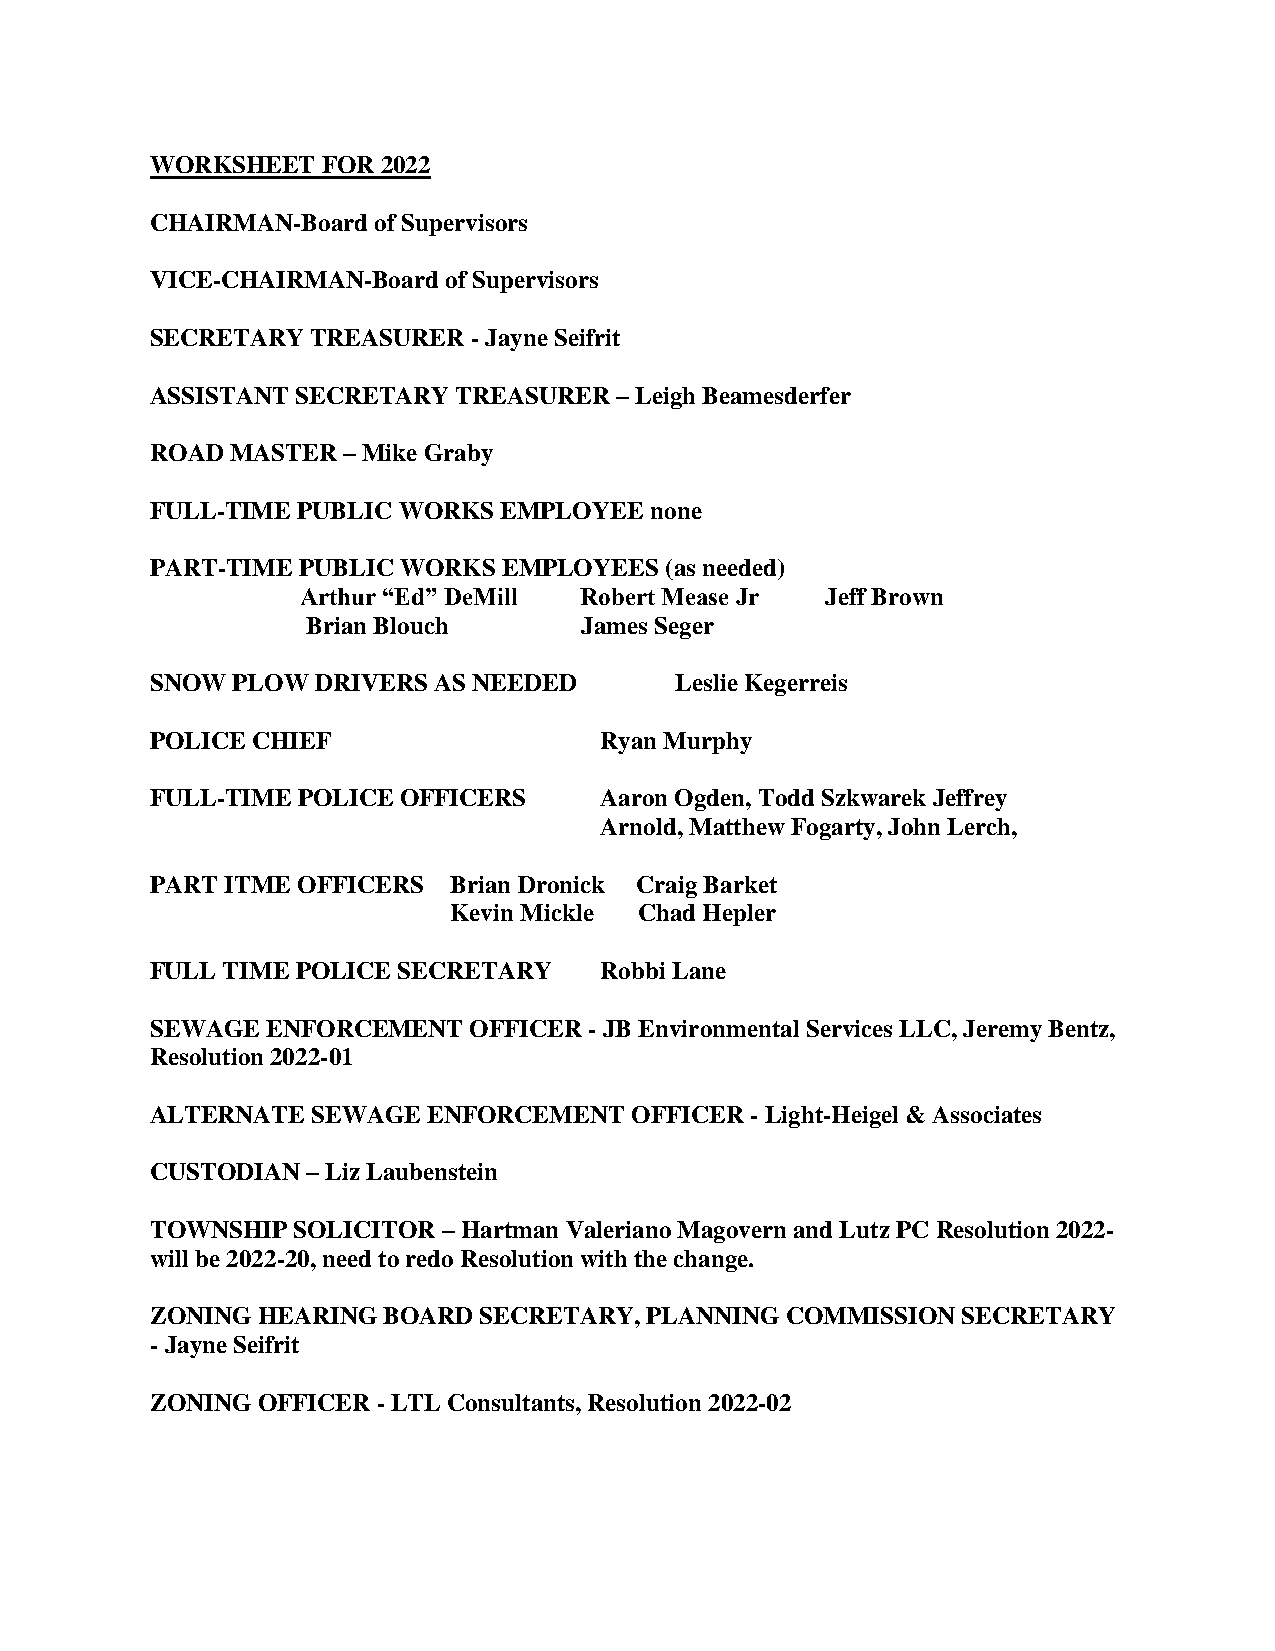
WORKSHEET  FOR 2022
 CHAIRMAN-Board of Supervisors
 VICE-CHAIRMAN-Board of Supervisors
 SECRETARY  TREASURER - Jayne Seifrit
 ASSISTANT SECRETARY TREASURER  – Leigh Beamesderfer
 ROAD MASTER  – Mike Graby
 FULL-TIME PUBLIC WORKS EMPLOYEE  none
 PART-TIME PUBLIC WORKS EMPLOYEES  (as needed)
 Arthur “Ed” DeMill Robert Mease Jr Jeff Brown
 Brian Blouch      James Seger
 SNOW PLOW  DRIVERS AS NEEDED       Leslie Kegerreis
 POLICE CHIEF                  Ryan Murphy
 FULL-TIME POLICE OFFICERS     Aaron Ogden, Todd Szkwarek Jeffrey
 Arnold, Matthew Fogarty, John Lerch,
 PART ITME OFFICERS  Brian Dronick Craig Barket
 Kevin Mickle Chad Hepler
 FULL TIME POLICE SECRETARY    Robbi Lane
 SEWAGE  ENFORCEMENT  OFFICER - JB Environmental Services LLC, Jeremy Bentz,
 Resolution 2022-01
 ALTERNATE  SEWAGE ENFORCEMENT   OFFICER - Light-Heigel & Associates
 CUSTODIAN – Liz Laubenstein
 TOWNSHIP SOLICITOR – Hartman Valeriano Magovern and Lutz PC Resolution 2022-
 will be 2022-20, need to redo Resolution with the change.
 ZONING HEARING BOARD  SECRETARY, PLANNING COMMISSION  SECRETARY
 - Jayne Seifrit
 ZONING OFFICER - LTL Consultants, Resolution 2022-02